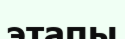
этапы